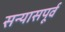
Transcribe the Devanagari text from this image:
सन्यासपूर्व